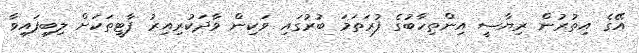
އޭގެ އިތުރުން ރިޔާސީ އިންތިހާބުގެ ފުރަތަމަ ބުރުގައި ވަކިން ވާދަކުރިއިރު ޕާޓީތަކަށް ލިބިފައިވާ